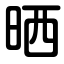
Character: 晒